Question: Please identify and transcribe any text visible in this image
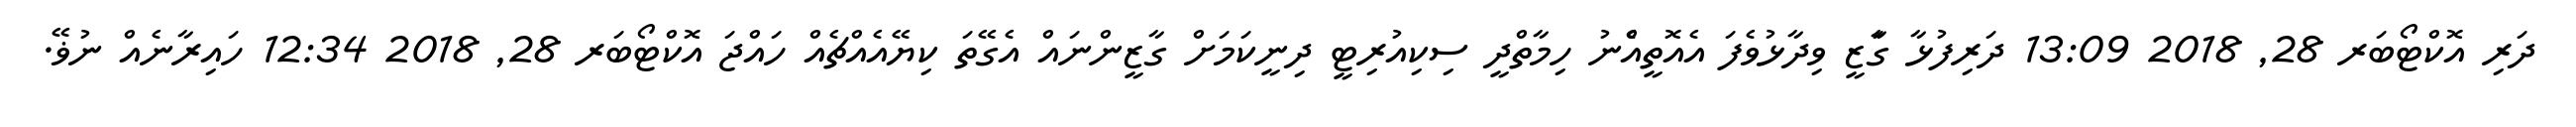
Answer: ދަރި އޮކްޓޯބަރ 28, 2018 13:09 ދަރިފުޅާ ގާަޒީ ވިދާޅުވެފަ އެއޮތީއެްނު ހިމާތްދީ ސިކިއުރިޓީ ދިނީކަމަށް ގާޒީންނައް އެގޭތަ ކިޔޭއެއްޗެއް ހައްޖަ އޮކްޓޯބަރ 28, 2018 12:34 ހައިރާނެއް ނުޥޭ.